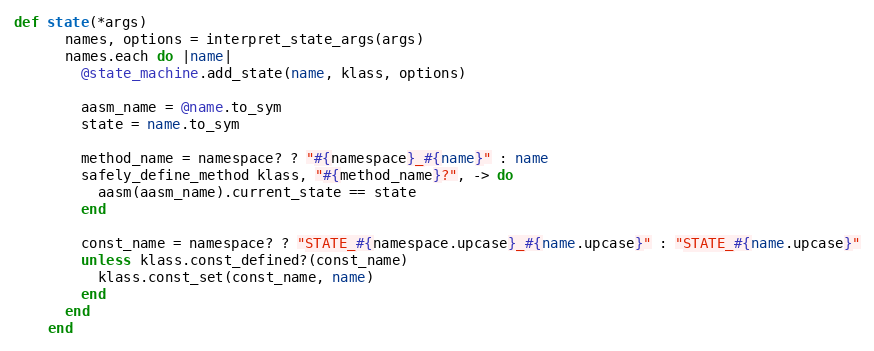
Language: Ruby
def state(*args)
      names, options = interpret_state_args(args)
      names.each do |name|
        @state_machine.add_state(name, klass, options)

        aasm_name = @name.to_sym
        state = name.to_sym

        method_name = namespace? ? "#{namespace}_#{name}" : name
        safely_define_method klass, "#{method_name}?", -> do
          aasm(aasm_name).current_state == state
        end

        const_name = namespace? ? "STATE_#{namespace.upcase}_#{name.upcase}" : "STATE_#{name.upcase}"
        unless klass.const_defined?(const_name)
          klass.const_set(const_name, name)
        end
      end
    end